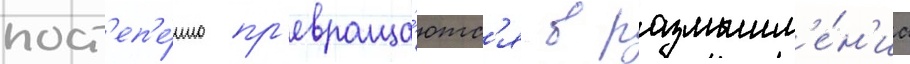
пост'еп'е́нно пр'евраща́ютс'я в размышл'е́н'иа